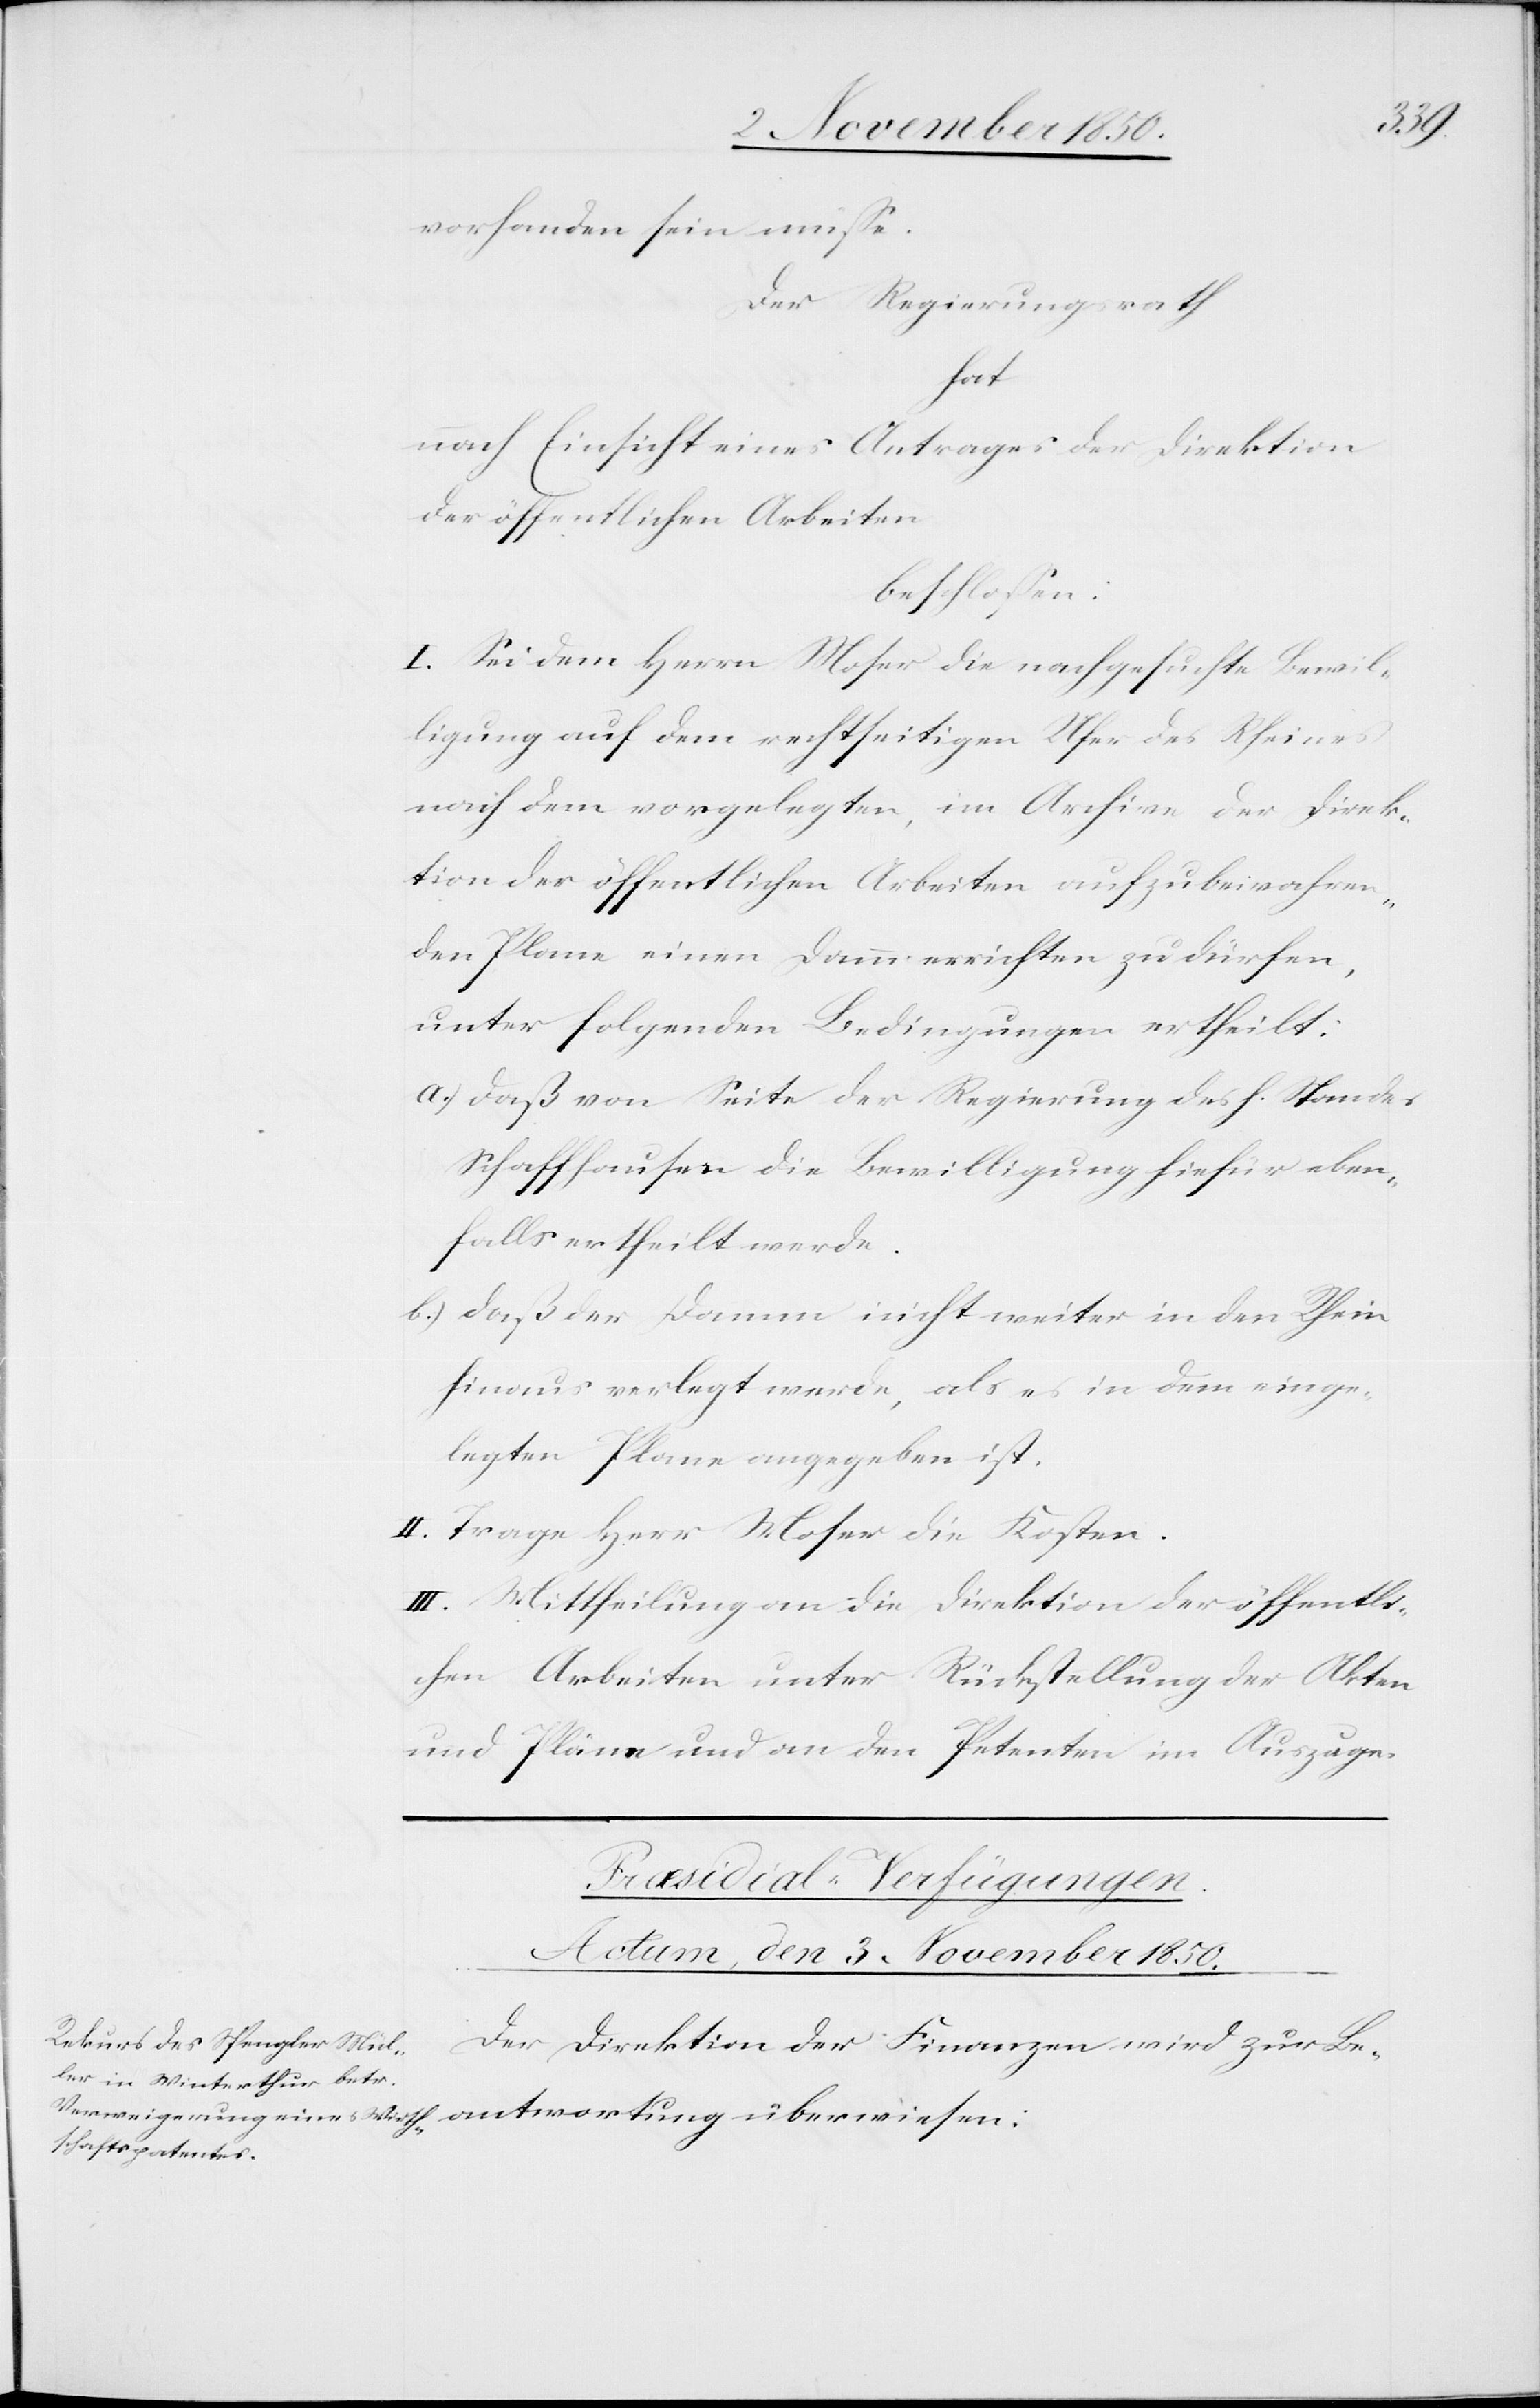
vorhanden sein müsse.
Der Regierungsrath
hat
nach Einsicht eines Antrages der Direktion
der öffentlichen Arbeiten
beschlossen:
I. Sei dem Herrn Moser die nachgesuchte Bewil¬
ligung auf dem rechtseitigen Ufer des Rheines
nach dem vorgelegten, im Archive der Direk¬
tion der öffentlichen Arbeiten aufzubewahren¬
den Plane einen Damm errichten zu dürfen,
unter folgenden Bedingungen ertheilt:
a.) daß von Seite der Regierung des h. Standes
Schaffhausen die Bewilligung hiefür eben¬
falls ertheilt werde.
b.) daß der Damm nicht weiter in den Rhein
hinaus verlegt werde, als es in dem einge¬
legten Plane angegeben ist.
II. Trage Herr Moser die Kosten.
III. Mittheilung an die Direktion der öffentli¬
chen Arbeiten unter Rückstellung der Akten
und Pläne und an den Petenten im Auszuge.
Præsidial-Verfügungen.
Actum, den 3. November 1850.
Der Direktion der Finanzen wird zur Be¬

ortung